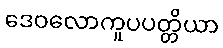
ဒေဝလောကူပပတ္တိယာ